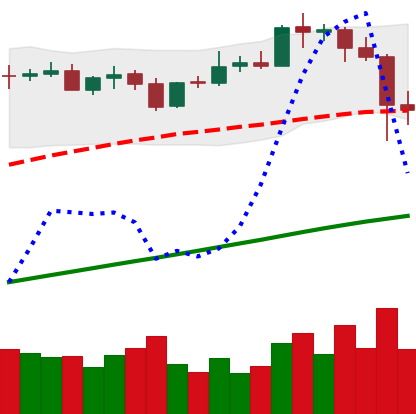
Ticker: BTC-USD
Chart end date: 2021-04-19
Forward return: -10.181%
Label: down_7plus